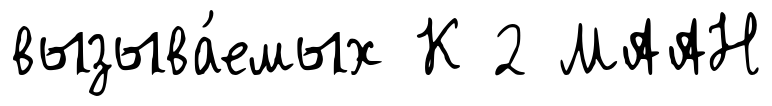
вызыва́емых К 2 МААН